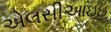
એલસીઆઇઇ